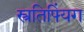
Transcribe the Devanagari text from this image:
स्त्रतिफ्यिंग